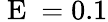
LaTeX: \mathrm{~E~}=0.1